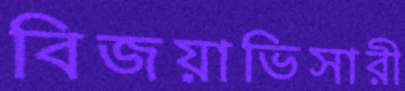
বিজয়াভিসারী